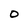
Character: O